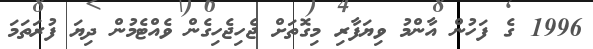
1996 ގެ ފަހުން އާންމު ވިޔަފާރި މިގޮތަށް ޖެހިޖެހިގެން ވެއްޓެމުން ދިޔަ ފުރަތަމަ